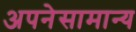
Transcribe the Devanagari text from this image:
अपनेसामान्य